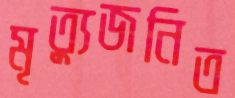
মৃত্যুজনিত